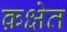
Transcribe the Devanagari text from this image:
क़क्षेत